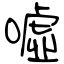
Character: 噓